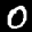
Label: 0